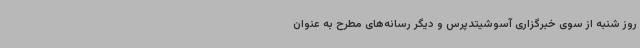
روز شنبه از سوی خبرگزاری آسوشیتدپرس و دیگر رسانه‌های مطرح به عنوان